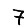
Digit: 7